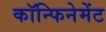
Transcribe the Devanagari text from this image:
कॉन्फिनेमेंट